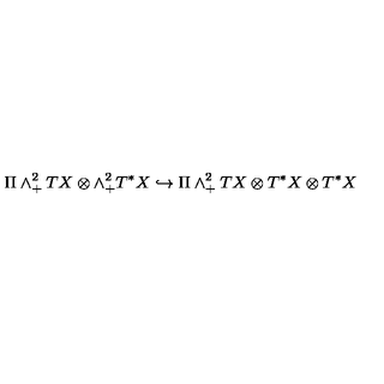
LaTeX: \Pi \wedge _ { + } ^ { 2 } T X \otimes \wedge _ { + } ^ { 2 } T ^ { * } X \hookrightarrow \Pi \wedge _ { + } ^ { 2 } T X \otimes T ^ { * } X \otimes T ^ { * } X